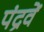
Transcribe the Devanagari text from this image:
पंद्रवें